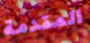
المقدمة